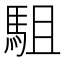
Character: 駔